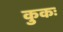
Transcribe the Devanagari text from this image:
कुकः